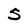
Character: 5